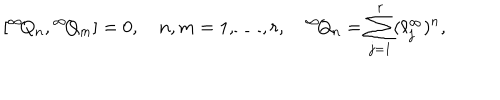
[ { } ^ { \infty } \! Q _ { n } , { } ^ { \infty } \! Q _ { m } ] = 0 , \quad n , m = 1 , \ldots , r , \quad { } ^ { \infty } \! Q _ { n } = \sum _ { j = 1 } ^ { r } ( \ell _ { j } ^ { \infty } ) ^ { n } ,